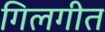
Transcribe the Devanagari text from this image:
गिलगीत